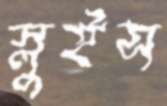
স্লুইস